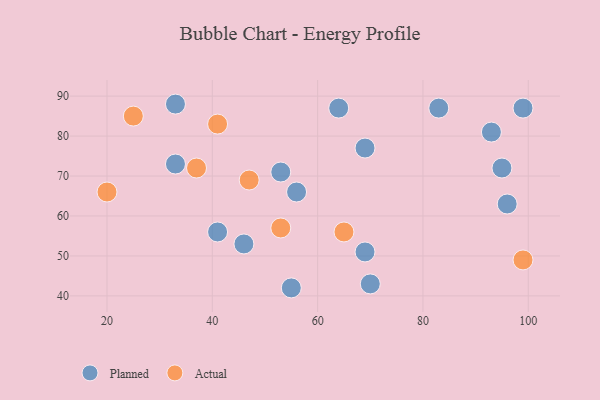
{"axis": {"x": "GDP", "y": "Life Expectancy"}, "legend": ["Actual", "Planned"], "data": [{"x": "70", "y": 43, "type": "Planned"}, {"x": "99", "y": 87, "type": "Planned"}, {"x": "93", "y": 81, "type": "Planned"}, {"x": "69", "y": 51, "type": "Planned"}, {"x": "56", "y": 66, "type": "Planned"}, {"x": "69", "y": 77, "type": "Planned"}, {"x": "46", "y": 53, "type": "Planned"}, {"x": "95", "y": 72, "type": "Planned"}, {"x": "33", "y": 73, "type": "Planned"}, {"x": "33", "y": 88, "type": "Planned"}, {"x": "41", "y": 56, "type": "Planned"}, {"x": "53", "y": 71, "type": "Planned"}, {"x": "64", "y": 87, "type": "Planned"}, {"x": "96", "y": 63, "type": "Planned"}, {"x": "83", "y": 87, "type": "Planned"}, {"x": "55", "y": 42, "type": "Planned"}, {"x": "53", "y": 57, "type": "Actual"}, {"x": "37", "y": 72, "type": "Actual"}, {"x": "65", "y": 56, "type": "Actual"}, {"x": "47", "y": 69, "type": "Actual"}, {"x": "25", "y": 85, "type": "Actual"}, {"x": "20", "y": 66, "type": "Actual"}, {"x": "99", "y": 49, "type": "Actual"}, {"x": "41", "y": 83, "type": "Actual"}]}